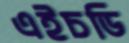
এইচডি